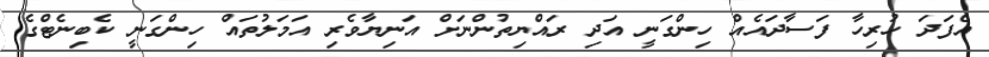
އެފަދަ ހުރިހާ ފަސާދައެއް ހިންގަނީ އަދި ރައްޔިތުންނަށް އަނިޔާވެރި އަމަލުތައް ހިންގަނީ ކެބިނެޓްގެ